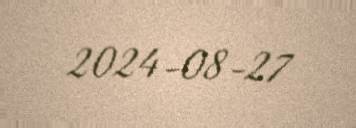
2024-08-27